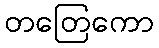
တတြေကော